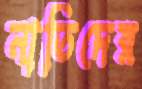
নাতিদের